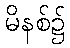
မိနစ်၌